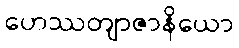
ဟေဿတျာဇာနိယော